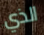
الذي